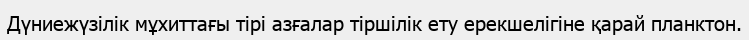
Дүниежүзілік мұхиттағы тірі азғалар тіршілік ету ерекшелігіне қарай планктон.